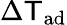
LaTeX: \Delta\mathsf{T}_{\mathrm{{{ad}}}}